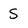
Character: S